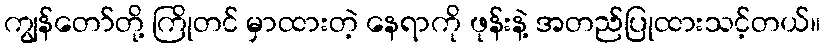
ကျွန်တော်တို့ ကြိုတင် မှာထားတဲ့ နေရာကို ဖုန်းနဲ့ အတည်ပြုထားသင့်တယ်။